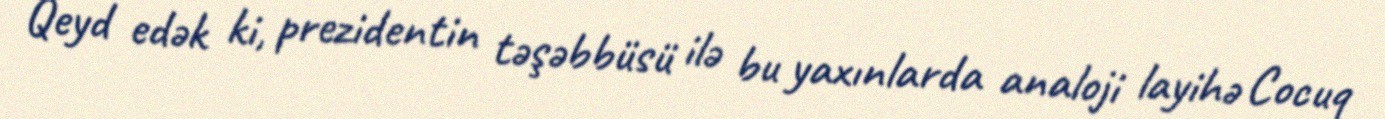
Qeyd edək ki, prezidentin təşəbbüsü ilə bu yaxınlarda analoji layihə Cocuq